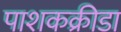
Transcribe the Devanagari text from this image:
पाशकक्रीडा